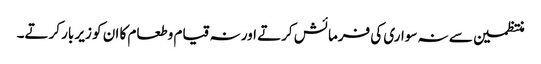
منتظمین سے نہ سواری کی فرمائش کرتے اور نہ قیام وطعام کا ان کو زیر بار کرتے۔